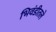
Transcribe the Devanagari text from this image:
भिवंडीतले